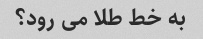
به خط طلا می رود؟